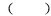
( )